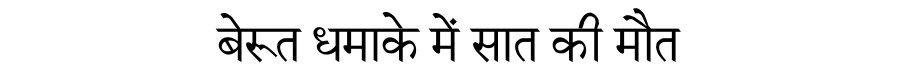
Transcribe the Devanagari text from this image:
बेरूत धमाके में सात की मौत